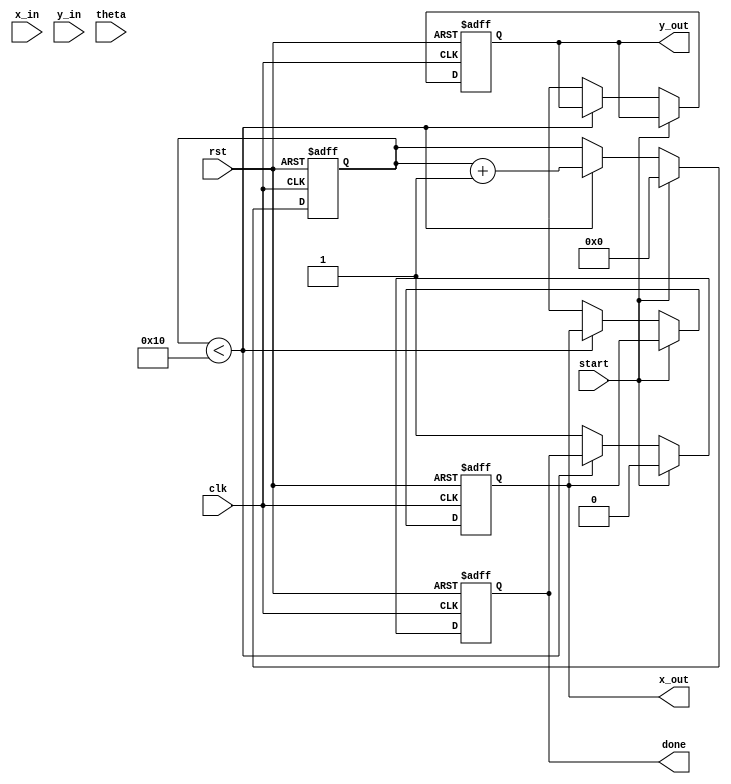
module cordic_2d (
    input wire clk,
    input wire rst,
    input wire start,
    input wire [15:0] x_in,     // Input x coordinate
    input wire [15:0] y_in,     // Input y coordinate
    input wire [15:0] theta,     // Rotation angle
    output reg [15:0] x_out,     // Output x coordinate
    output reg [15:0] y_out,     // Output y coordinate
    output reg done              // Operation completion flag
);

    // CORDIC parameters
    parameter NUM_ITERATIONS = 16;
    reg [15:0] x [0:NUM_ITERATIONS-1];
    reg [15:0] y [0:NUM_ITERATIONS-1];
    reg [15:0] z [0:NUM_ITERATIONS-1];
    reg [15:0] angle [0:NUM_ITERATIONS-1];
    reg [15:0] scaling_factor [0:NUM_ITERATIONS-1];
    
    // Initialize angles and scaling factors
    initial begin
        // Pre-computed angles (in radians) for CORDIC
        angle[0] = 16'h1C71; // atan(2^-0)
        angle[1] = 16'h1B71; // atan(2^-1)
        angle[2] = 16'h1A7A; // atan(2^-2)
        // ... Initialize remaining angles
        
        // Pre-computed scaling factors
        scaling_factor[0] = 16'h1; // Scaling factor for iteration 0
        scaling_factor[1] = 16'h1; // Scaling factor for iteration 1
        // ... Initialize remaining scaling factors
    end

    reg [3:0] iteration;
    reg [15:0] z_temp;

    always @(posedge clk or posedge rst) begin
        if (rst) begin
            x_out <= 0;
            y_out <= 0;
            done <= 0;
            iteration <= 0;
        end else if (start) begin
            // Load initial values
            x[0] <= x_in;
            y[0] <= y_in;
            z[0] <= theta;
            iteration <= 0;
            done <= 0;
        end else if (iteration < NUM_ITERATIONS) begin
            // CORDIC rotation logic
            if (z[iteration] < 0) begin
                // Rotate clockwise
                x[iteration + 1] <= x[iteration] + (y[iteration] >> iteration);
                y[iteration + 1] <= y[iteration] - (x[iteration] >> iteration);
                z[iteration + 1] <= z[iteration] + angle[iteration];
            end else begin
                // Rotate counter-clockwise
                x[iteration + 1] <= x[iteration] - (y[iteration] >> iteration);
                y[iteration + 1] <= y[iteration] + (x[iteration] >> iteration);
                z[iteration + 1] <= z[iteration] - angle[iteration];
            end
            
            // Update for next iteration
            iteration <= iteration + 1;
        end else begin
            // Operation complete
            x_out <= x[NUM_ITERATIONS];
            y_out <= y[NUM_ITERATIONS];
            done <= 1;
        end
    end
endmodule